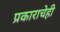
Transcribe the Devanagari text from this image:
प्रकाराचेही